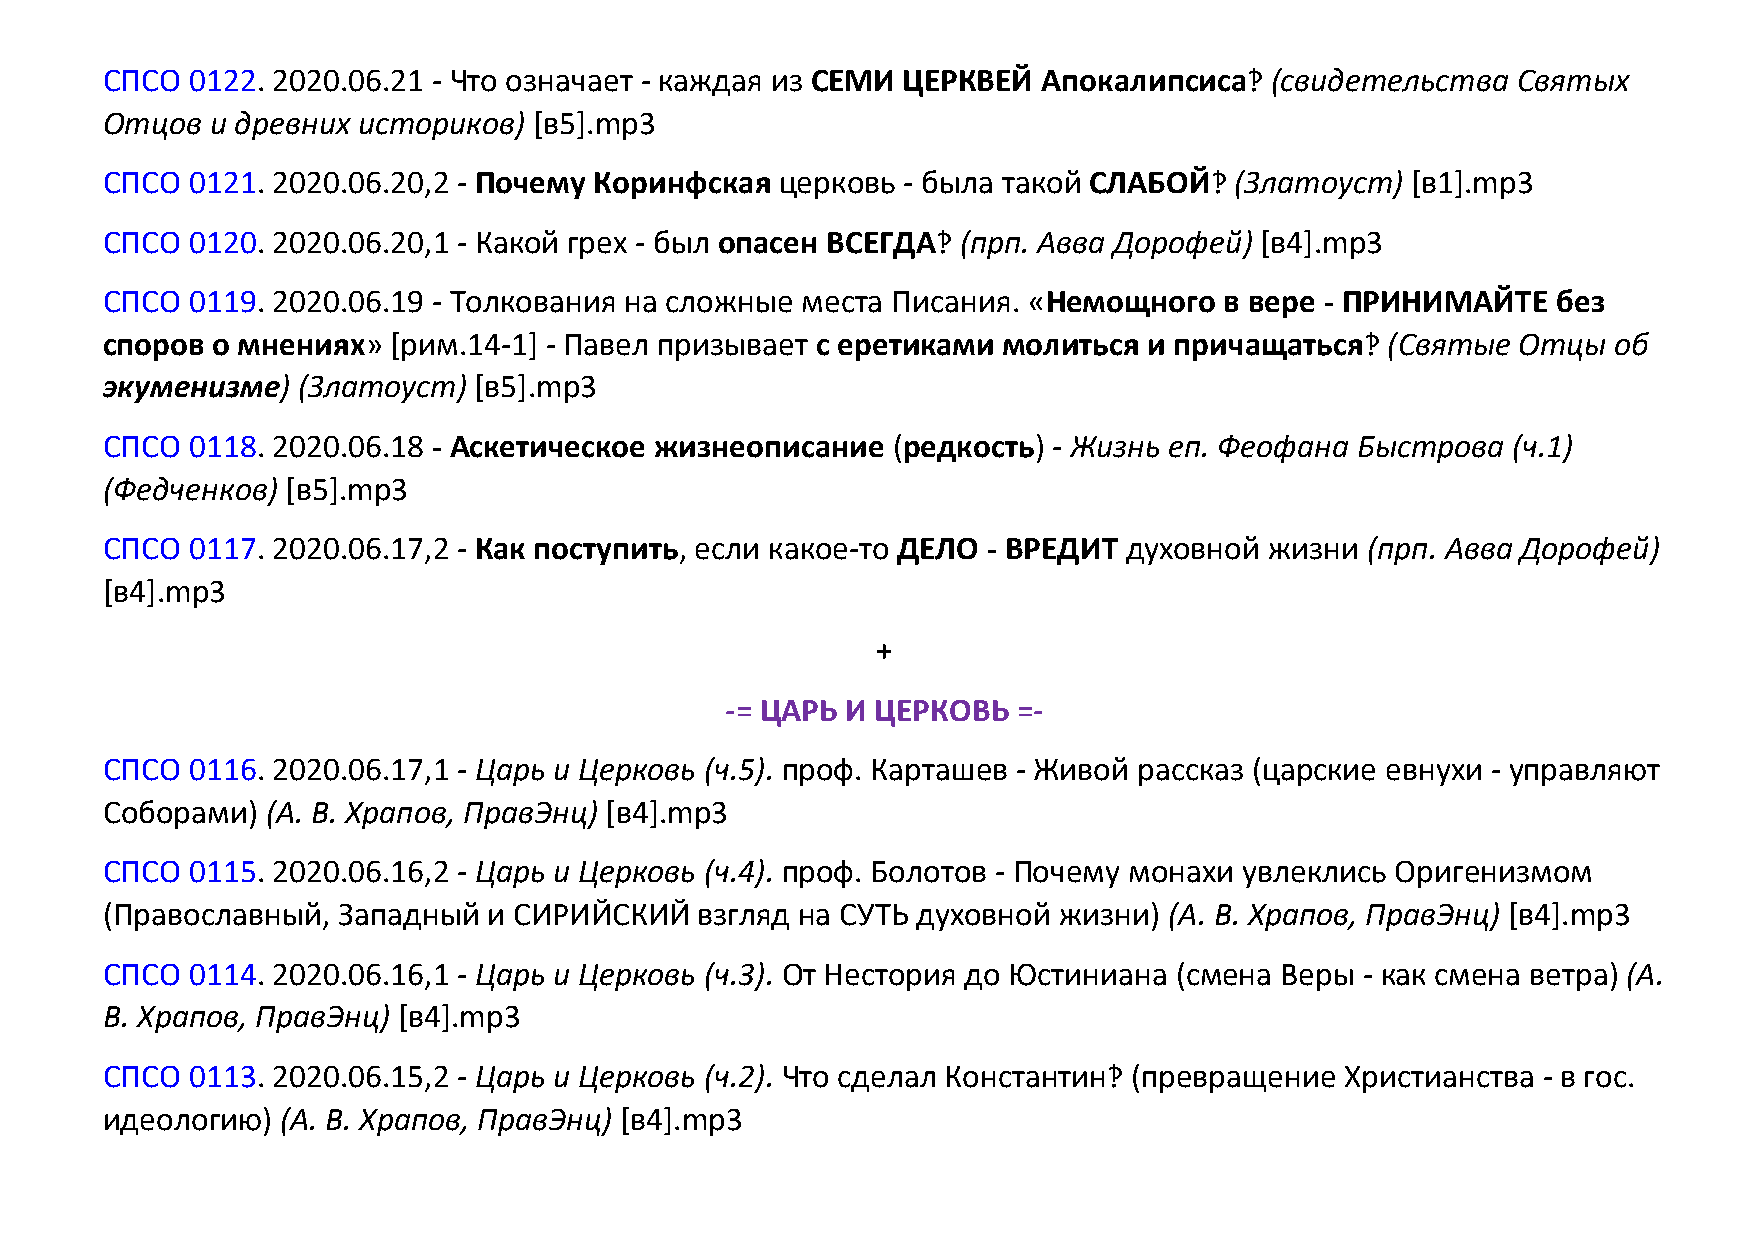
СПСО  0122. 2020.06.21 - Что означает - каждая из СЕМИ ЦЕРКВЕЙ Апокалипсиса‽ (свидетельства  Святых
 Отцов  и древних историков) [в5].mp3
 СПСО  0121. 2020.06.20,2 - Почему Коринфская церковь - была такой СЛАБОЙ‽  (Златоуст) [в1].mp3
 СПСО  0120. 2020.06.20,1 - Какой грех - был опасен ВСЕГДА‽ (прп. Авва Дорофей) [в4].mp3
 СПСО  0119. 2020.06.19 - Толкования на сложные места Писания. «Немощного  в вере - ПРИНИМАЙТЕ   без
 споров о мнениях»  [рим.14-1] - Павел призывает с еретиками молиться и причащаться‽  (Святые  Отцы  об
 экуменизме)  (Златоуст) [в5].mp3
 СПСО  0118. 2020.06.18 - Аскетическое жизнеописание (редкость) - Жизнь еп. Феофана Быстрова  (ч.1)
 (Федченков) [в5].mp3
 СПСО  0117. 2020.06.17,2 - Как поступить, если какое-то ДЕЛО - ВРЕДИТ духовной жизни (прп. Авва Дорофей)
 [в4].mp3
 +
 -= ЦАРЬ И ЦЕРКОВЬ  =-
 СПСО  0116. 2020.06.17,1 - Царь и Церковь (ч.5). проф. Карташев - Живой рассказ (царские евнухи - управляют
 Соборами)  (А. В. Храпов, ПравЭнц) [в4].mp3
 СПСО  0115. 2020.06.16,2 - Царь и Церковь (ч.4). проф. Болотов - Почему монахи увлеклись Оригенизмом
 (Православный, Западный  и СИРИЙСКИЙ   взгляд на СУТЬ духовной жизни) (А. В. Храпов, ПравЭнц) [в4].mp3
 СПСО  0114. 2020.06.16,1 - Царь и Церковь (ч.3). От Нестория до Юстиниана (смена Веры - как смена ветра) (А.
 В. Храпов, ПравЭнц) [в4].mp3
 СПСО  0113. 2020.06.15,2 - Царь и Церковь (ч.2). Что сделал Константин‽ (превращение Христианства - в гос.
 идеологию)  (А. В. Храпов, ПравЭнц) [в4].mp3